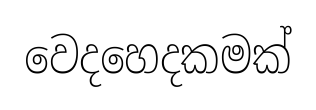
වෙදහෙදකමක්